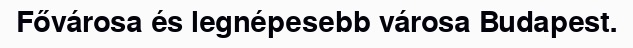
Fővárosa és legnépesebb városa Budapest.